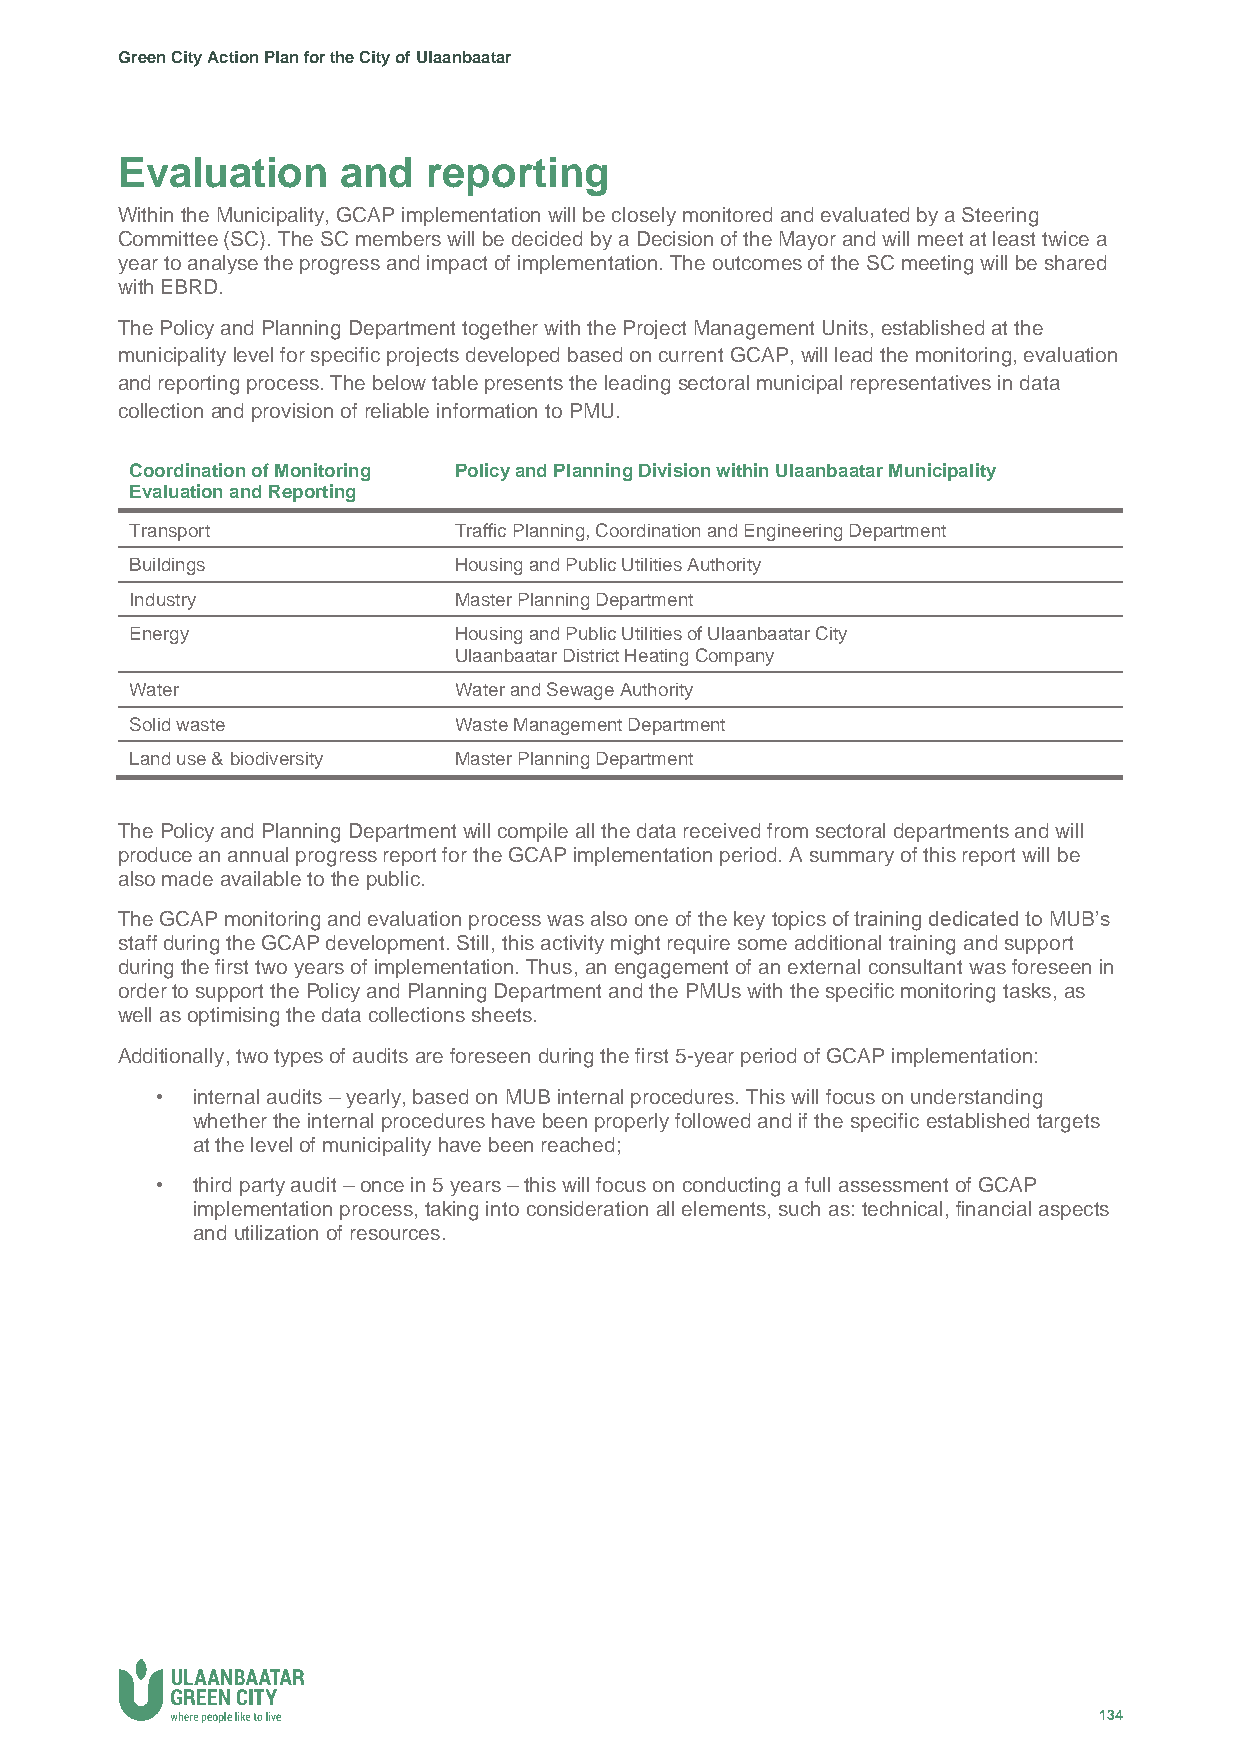
Green City Action Plan for the City of Ulaanbaatar
 Evaluation     and  reporting
 Within the Municipality, GCAP implementation will be closely monitored and evaluated by a Steering
 Committee (SC). The SC members will be decided by a Decision of the Mayor and will meet at least twice a
 year to analyse the progress and impact of implementation. The outcomes of the SC meeting will be shared
 with EBRD.
 The Policy and Planning Department together with the Project Management Units, established at the
 municipality level for specific projects developed based on current GCAP, will lead the monitoring, evaluation
 and reporting process. The below table presents the leading sectoral municipal representatives in data
 collection and provision of reliable information to PMU.
 Coordination of Monitoring Policy and Planning Division within Ulaanbaatar Municipality
 Evaluation and Reporting
 Transport            Traffic Planning, Coordination and Engineering Department
 Buildings            Housing and Public Utilities Authority
 Industry             Master Planning Department
 Energy               Housing and Public Utilities of Ulaanbaatar City
 Ulaanbaatar District Heating Company
 Water                Water and Sewage Authority
 Solid waste          Waste Management Department
 Land use & biodiversity Master Planning Department
 The Policy and Planning Department will compile all the data received from sectoral departments and will
 produce an annual progress report for the GCAP implementation period. A summary of this report will be
 also made available to the public.
 The GCAP monitoring and evaluation process was also one of the key topics of training dedicated to MUB’s
 staff during the GCAP development. Still, this activity might require some additional training and support
 during the first two years of implementation. Thus, an engagement of an external consultant was foreseen in
 order to support the Policy and Planning Department and the PMUs with the specific monitoring tasks, as
 well as optimising the data collections sheets.
 Additionally, two types of audits are foreseen during the first 5-year period of GCAP implementation:
 •  internal audits – yearly, based on MUB internal procedures. This will focus on understanding
 whether the internal procedures have been properly followed and if the specific established targets
 at the level of municipality have been reached;
 •  third party audit – once in 5 years – this will focus on conducting a full assessment of GCAP
 implementation process, taking into consideration all elements, such as: technical, financial aspects
 and utilization of resources.
 134